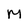
Character: M